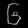
Digit: ၆